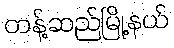
တန့်ဆည်မြို့နယ်